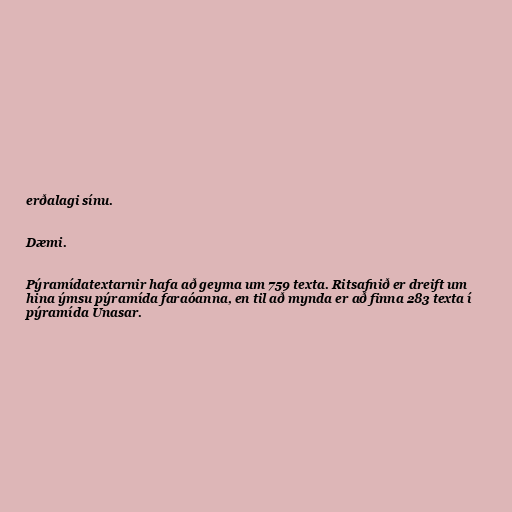
erðalagi sínu.

Dæmi.

Pýramídatextarnir hafa að geyma um 759 texta. Ritsafnið er dreift um
hina ýmsu pýramída faraóanna, en til að mynda er að finna 283 texta í
pýramída Unasar.